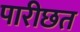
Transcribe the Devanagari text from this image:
पारीछत